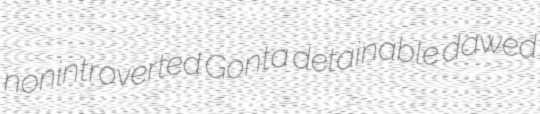
nonintroverted Gonta detainable dawed